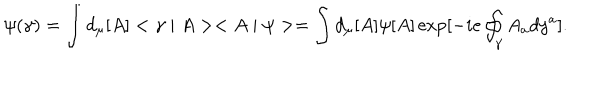
\psi ( \gamma ) = \int d _ { \mu } [ A ] < \gamma \mid A > < A \mid \psi > = \int d _ { \mu } [ A ] \psi [ A ] \exp [ - i e \oint _ { \gamma } A _ { a } d y ^ { a } ] .